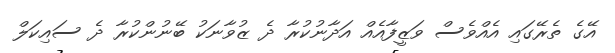
އޭގެ ތެރޭގައި އެއްވެސް ވަޒީފާއެއް އަދާނުކުރާ ދެ ޒުވާނަކު ބޭނުންކުރާ ދެ ސައިކަލް